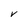
Character: V